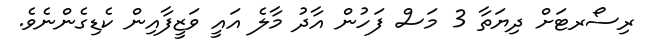
ރިސޯރޓަށް ދިޔަތާ 3 މަސް ފަހުން އާދު މާލެ އައީ ވަޒީފާއިން ކެޑިގެންނެވެ.